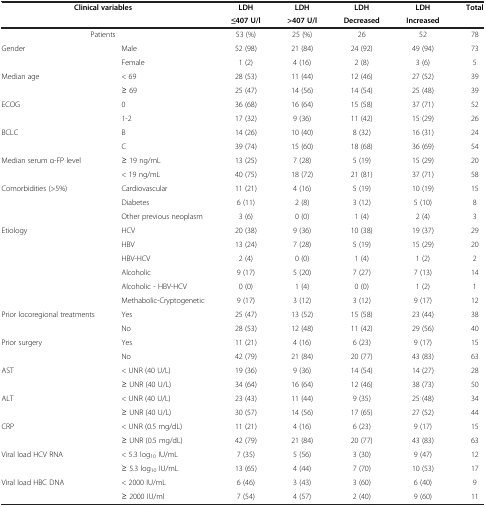
<table><thead><tr><td rowspan="2" colspan="2"><b>Clinical variables</b></td><td><b>LDH</b></td><td><b>LDH</b></td><td><b>LDH</b></td><td><b>LDH</b></td><td rowspan="2"><b>Total</b></td></tr><tr><td><b>≤407 U/l</b></td><td><b>&gt;407 U/l</b></td><td><b>Decreased</b></td><td><b>Increased</b></td></tr></thead><tbody><tr><td colspan="2">Patients</td><td>53 (%)</td><td>25 (%)</td><td>26</td><td>52</td><td>78</td></tr><tr><td rowspan="2">Gender</td><td>Male</td><td>52 (98)</td><td>21 (84)</td><td>24 (92)</td><td>49 (94)</td><td>73</td></tr><tr><td>Female</td><td>1 (2)</td><td>4 (16)</td><td>2 (8)</td><td>3 (6)</td><td>5</td></tr><tr><td rowspan="2">Median age</td><td>&lt; 69</td><td>28 (53)</td><td>11 (44)</td><td>12 (46)</td><td>27 (52)</td><td>39</td></tr><tr><td>≥ 69</td><td>25 (47)</td><td>14 (56)</td><td>14 (54)</td><td>25 (48)</td><td>39</td></tr><tr><td rowspan="2">ECOG</td><td>0</td><td>36 (68)</td><td>16 (64)</td><td>15 (58)</td><td>37 (71)</td><td>52</td></tr><tr><td>1-2</td><td>17 (32)</td><td>9 (36)</td><td>11 (42)</td><td>15 (29)</td><td>26</td></tr><tr><td rowspan="2">BCLC</td><td>B</td><td>14 (26)</td><td>10 (40)</td><td>8 (32)</td><td>16 (31)</td><td>24</td></tr><tr><td>C</td><td>39 (74)</td><td>15 (60)</td><td>18 (68)</td><td>36 (69)</td><td>54</td></tr><tr><td rowspan="2">Median serum α-FP level</td><td>≥ 19 ng/mL</td><td>13 (25)</td><td>7 (28)</td><td>5 (19)</td><td>15 (29)</td><td>20</td></tr><tr><td>&lt; 19 ng/mL</td><td>40 (75)</td><td>18 (72)</td><td>21 (81)</td><td>37 (71)</td><td>58</td></tr><tr><td rowspan="3">Comorbidities (&gt;5%)</td><td>Cardiovascular</td><td>11 (21)</td><td>4 (16)</td><td>5 (19)</td><td>10 (19)</td><td>15</td></tr><tr><td>Diabetes</td><td>6 (11)</td><td>2 (8)</td><td>3 (12)</td><td>5 (10)</td><td>8</td></tr><tr><td>Other previous neoplasm</td><td>3 (6)</td><td>0 (0)</td><td>1 (4)</td><td>2 (4)</td><td>3</td></tr><tr><td rowspan="6">Etiology</td><td>HCV</td><td>20 (38)</td><td>9 (36)</td><td>10 (38)</td><td>19 (37)</td><td>29</td></tr><tr><td>HBV</td><td>13 (24)</td><td>7 (28)</td><td>5 (19)</td><td>15 (29)</td><td>20</td></tr><tr><td>HBV-HCV</td><td>2 (4)</td><td>0 (0)</td><td>1 (4)</td><td>1 (2)</td><td>2</td></tr><tr><td>Alcoholic</td><td>9 (17)</td><td>5 (20)</td><td>7 (27)</td><td>7 (13)</td><td>14</td></tr><tr><td>Alcoholic - HBV-HCV</td><td>0 (0)</td><td>1 (4)</td><td>0 (0)</td><td>1 (2)</td><td>1</td></tr><tr><td>Methabolic-Cryptogenetic</td><td>9 (17)</td><td>3 (12)</td><td>3 (12)</td><td>9 (17)</td><td>12</td></tr><tr><td rowspan="2">Prior locoregional treatments</td><td>Yes</td><td>25 (47)</td><td>13 (52)</td><td>15 (58)</td><td>23 (44)</td><td>38</td></tr><tr><td>No</td><td>28 (53)</td><td>12 (48)</td><td>11 (42)</td><td>29 (56)</td><td>40</td></tr><tr><td rowspan="2">Prior surgery</td><td>Yes</td><td>11 (21)</td><td>4 (16)</td><td>6 (23)</td><td>9 (17)</td><td>15</td></tr><tr><td>No</td><td>42 (79)</td><td>21 (84)</td><td>20 (77)</td><td>43 (83)</td><td>63</td></tr><tr><td rowspan="2">AST</td><td>&lt; UNR (40 U/L)</td><td>19 (36)</td><td>9 (36)</td><td>14 (54)</td><td>14 (27)</td><td>28</td></tr><tr><td>≥ UNR (40 U/L)</td><td>34 (64)</td><td>16 (64)</td><td>12 (46)</td><td>38 (73)</td><td>50</td></tr><tr><td rowspan="2">ALT</td><td>&lt; UNR (40 U/L)</td><td>23 (43)</td><td>11 (44)</td><td>9 (35)</td><td>25 (48)</td><td>34</td></tr><tr><td>≥ UNR (40 U/L)</td><td>30 (57)</td><td>14 (56)</td><td>17 (65)</td><td>27 (52)</td><td>44</td></tr><tr><td rowspan="2">CRP</td><td>&lt; UNR (0.5 mg/dL)</td><td>11 (21)</td><td>4 (16)</td><td>6 (23)</td><td>9 (17)</td><td>15</td></tr><tr><td>≥ UNR (0.5 mg/dL)</td><td>42 (79)</td><td>21 (84)</td><td>20 (77)</td><td>43 (83)</td><td>63</td></tr><tr><td rowspan="2">Viral load HCV RNA</td><td>&lt; 5.3 log<sub>10</sub> IU/mL</td><td>7 (35)</td><td>5 (56)</td><td>3 (30)</td><td>9 (47)</td><td>12</td></tr><tr><td>≥ 5.3 log<sub>10</sub> IU/mL</td><td>13 (65)</td><td>4 (44)</td><td>7 (70)</td><td>10 (53)</td><td>17</td></tr><tr><td rowspan="2">Viral load HBC DNA</td><td>&lt; 2000 IU/mL</td><td>6 (46)</td><td>3 (43)</td><td>3 (60)</td><td>6 (40)</td><td>9</td></tr><tr><td>≥ 2000 IU/ml</td><td>7 (54)</td><td>4 (57)</td><td>2 (40)</td><td>9 (60)</td><td>11</td></tr></tbody></table>